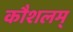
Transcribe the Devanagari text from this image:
कौशलम्